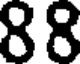
88